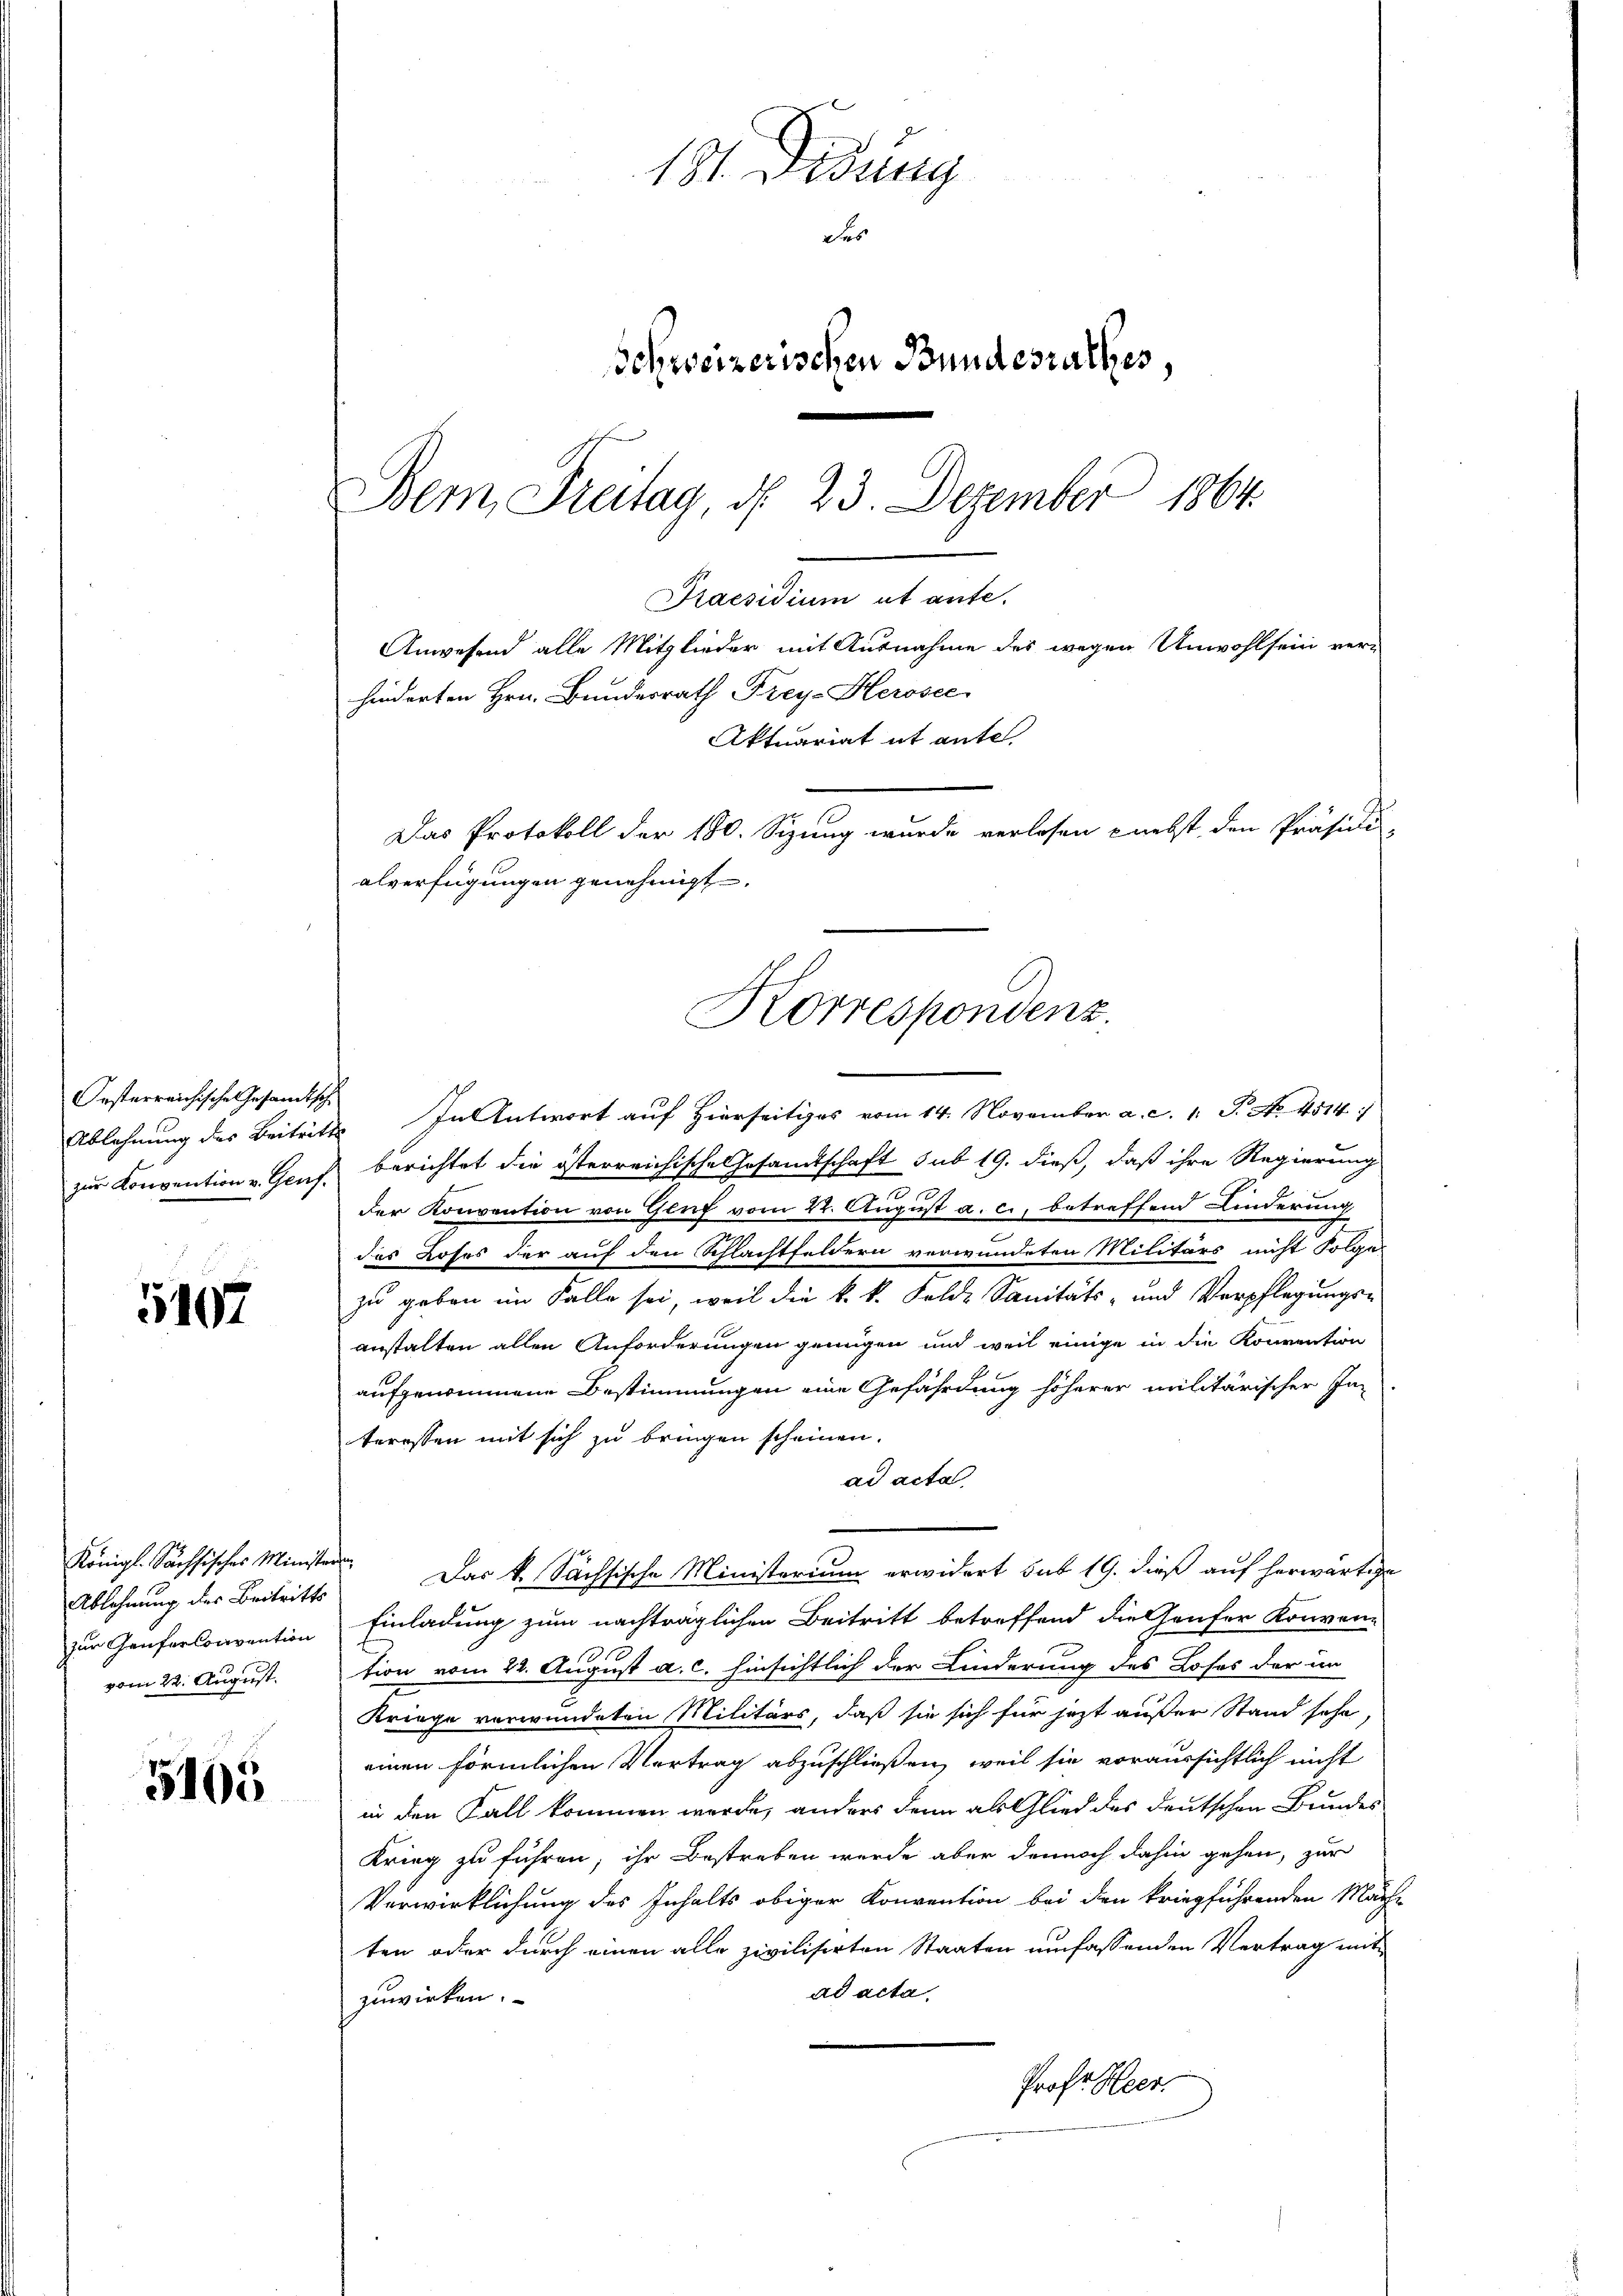
Oesterreichische Gesandtsch
zur Konvention v. Genf.

5107

Ablehnung des Beitritts
zur Genforlonvention
vom 22. August.

5105

181. Didung
des
Schweizerischen Bundesrathes,
Bem, Freitag, d. 23. Dezember 1864.

Praesidum

Anwesend alle Mitglieder mit Ausnahme des wegen Unwohlsein ver-
hinderten Hrn. Bundesrath Frey Herosec
Aktuariat it entel
Das Protokoll der 180. Sizung wurde verlesen nebst den Präsidi-
alverfügungen genehmigt.
Korrespondenz.

Ablehnung des Beitritt. In Antwort auf Hierseitiges vom 14. November a. c. 1. P. No. 4514.
berichtet die österreichische Gesamtschaft sub 19. dieß, daß ihre Regierung
der Konvention von Genf vom 22. August a. c., betreffend Kinderung
des Loses der auf den Schlachtfeldern verwundeten Militärs nicht Folge
zu geben im Falle sei, weil die k. k. Felde Sanitäts- und Verpflegungs-
anstalten allen Anforderungen genügen und weil einige in die Konvention
aufgenommene Bestimmungen eine Gefährdung höherer militärischer In-
teressen mit sich zu bringen scheinen.
ad acta
Königl. Sächsisches Minister. Das k. Sächsische Ministerium erwidert sub 19. dieß auf herwärtige
Einladung zum nachträglichen Beitritt betreffend die Genfer Konven-
tion vom 22. August a. c. hinsichtlich der Linderung des Loses der un
Kriege verwundeten Militärs, daß sie sich für jetzt außer Stand sehe,
einen förmlichen Vertrag abzuschließen, weil sie voraussichtlich nicht
in den Fall kommen werde, anders denn als Glied des deutschen Bundes
Krieg zu führen, ihr Bestreben werde aber dennoch dahin gehen, zur
Verwirklichung des Inhalts obiger Konvention bei den kriegführenden Mäch-
ten oder durch einen alle zivilisirten Staaten umfassenden Vertrag mit
ad acta,
zuwirken.
Prof. Heer.